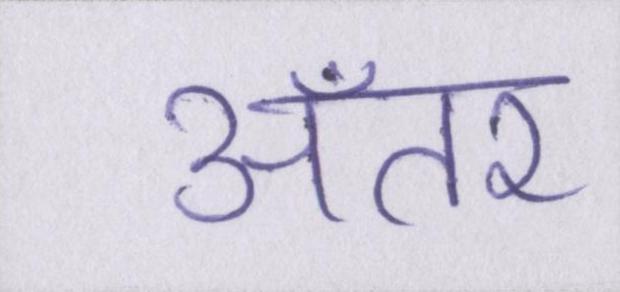
अँतर